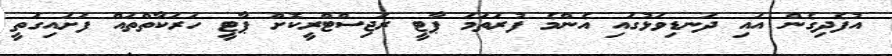
އުފެދިގެން އައި ދަނޑިވަޅުގައި އެންމެ ފުރަތަމަ ޕާޓީ ރަޖިސްޓްރީކޮށް ޕާޓީ ހަރަކާތްތައް ފަށައިގަތީ